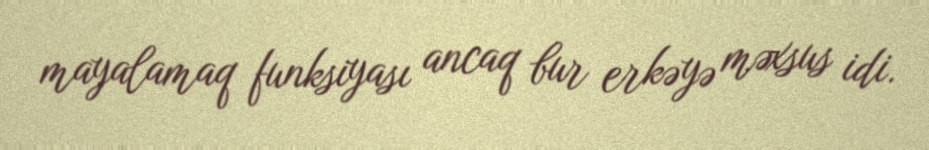
mayalamaq funksiyası ancaq bur erkəyə məxsus idi.